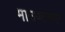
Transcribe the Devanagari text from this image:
माउण्टस्पर